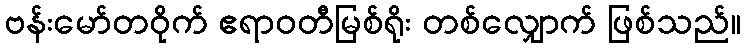
ဗန်းမော်တဝိုက် ဧရာဝတီမြစ်ရိုး တစ်လျှောက် ဖြစ်သည်။